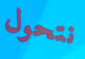
نتحول